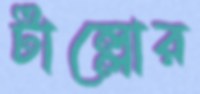
টাল্লোর